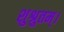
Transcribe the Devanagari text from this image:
शुश्रुतम्।